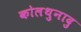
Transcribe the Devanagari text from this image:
कोलथुनादु